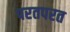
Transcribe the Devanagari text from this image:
परतपरत